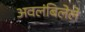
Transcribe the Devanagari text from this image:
अवलंबिलेले